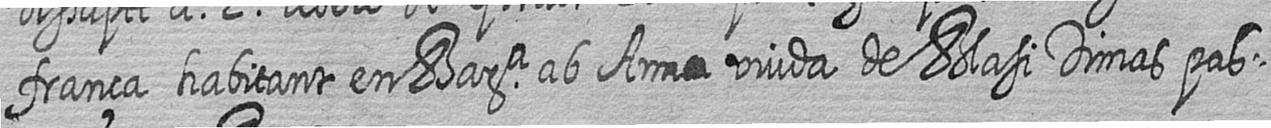
frança habitant en Bara ab Anna viuda de Blasi Dimas pas=